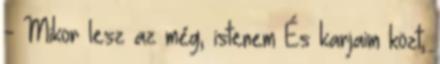
- Mikor lesz az még, istenem És karjaim közt,